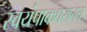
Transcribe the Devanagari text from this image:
स्वयंपाकघरातच